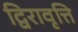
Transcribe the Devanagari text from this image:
द्विरावृत्ति